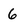
Character: 6